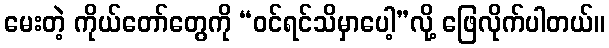
မေးတဲ့ ကိုယ်တော်တွေကို “ဝင်ရင်သိမှာပေါ့”လို့ ဖြေလိုက်ပါတယ်။